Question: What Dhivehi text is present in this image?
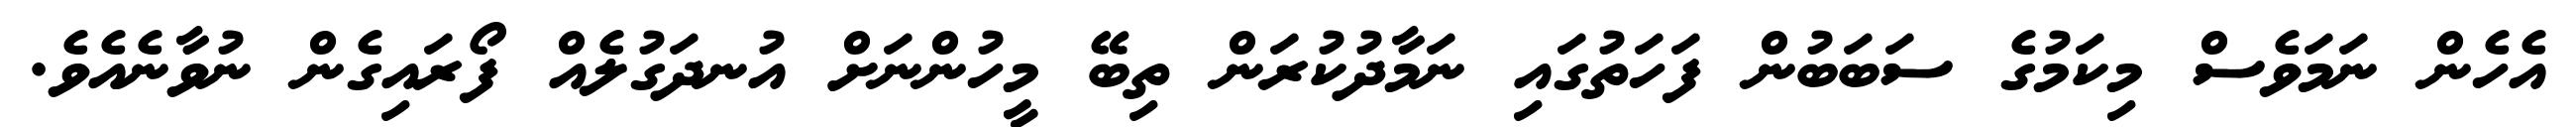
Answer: އެހެން ނަމަވެސް މިކަމުގެ ސަބަބުން ފަހަތުގައި ނަމާދުކުރަން ތިބޭ މީހުންނަށް އުނދަގުލެއް ފޯރައިގެން ނުވާނެއެވެ.